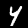
Label: 4